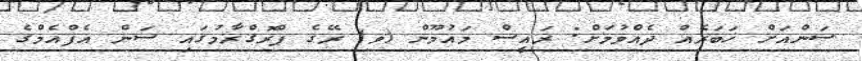
ސަންއަށް ޚަބަރެއް ދެއްވުމަށް: ރައީސް މައުމޫން (ވ) ރޭގެ ޕްރޮގްރާމުގައި ސަން އެފްއެމްގެ